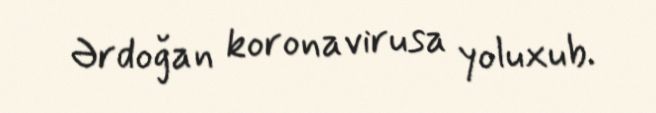
Ərdoğan koronavirusa yoluxub.